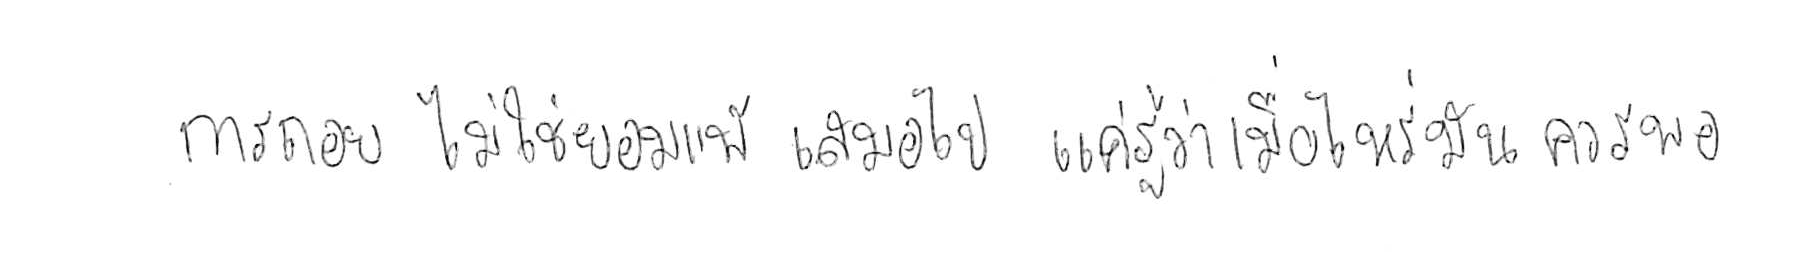
การถอย ไม่ใช่ยอมแพ้ เสมอไป แค่รู้ว่าเมื่อไหร่ มันควรพอ